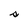
Character: s